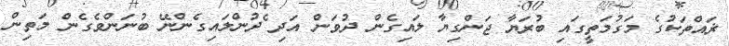
ޜައްތަކުގެ މަގުމަތީގައި ބުރަޔާ ޖަންގިޔާ ލައިގެން ދުވަން އަދި ެދުންލައިގެންނޭ ބުނަންވެގެން މަތިން